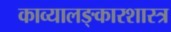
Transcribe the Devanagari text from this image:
काव्यालङ्कारशास्त्र